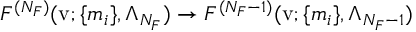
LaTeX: { \cal F } ^ { ( N _ { F } ) } ( \mathrm { v } ; \{ m _ { i } \} , \Lambda _ { N _ { F } } ) \rightarrow { \cal F } ^ { ( N _ { F } - 1 ) } ( \mathrm { v } ; \{ m _ { i } \} , \Lambda _ { N _ { F } - 1 } )